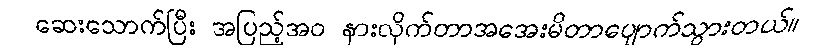
ဆေးသောက်ပြီး အပြည့်အဝ နားလိုက်တာအအေးမိတာပျောက်သွားတယ်။